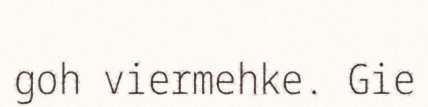
goh viermehke. Gie